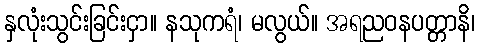
နှလုံးသွင်းခြင်းငှာ။ နသုကရံ၊ မလွယ်။ အရညဝနပတ္တာနိ၊